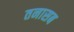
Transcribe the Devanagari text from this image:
तनासब